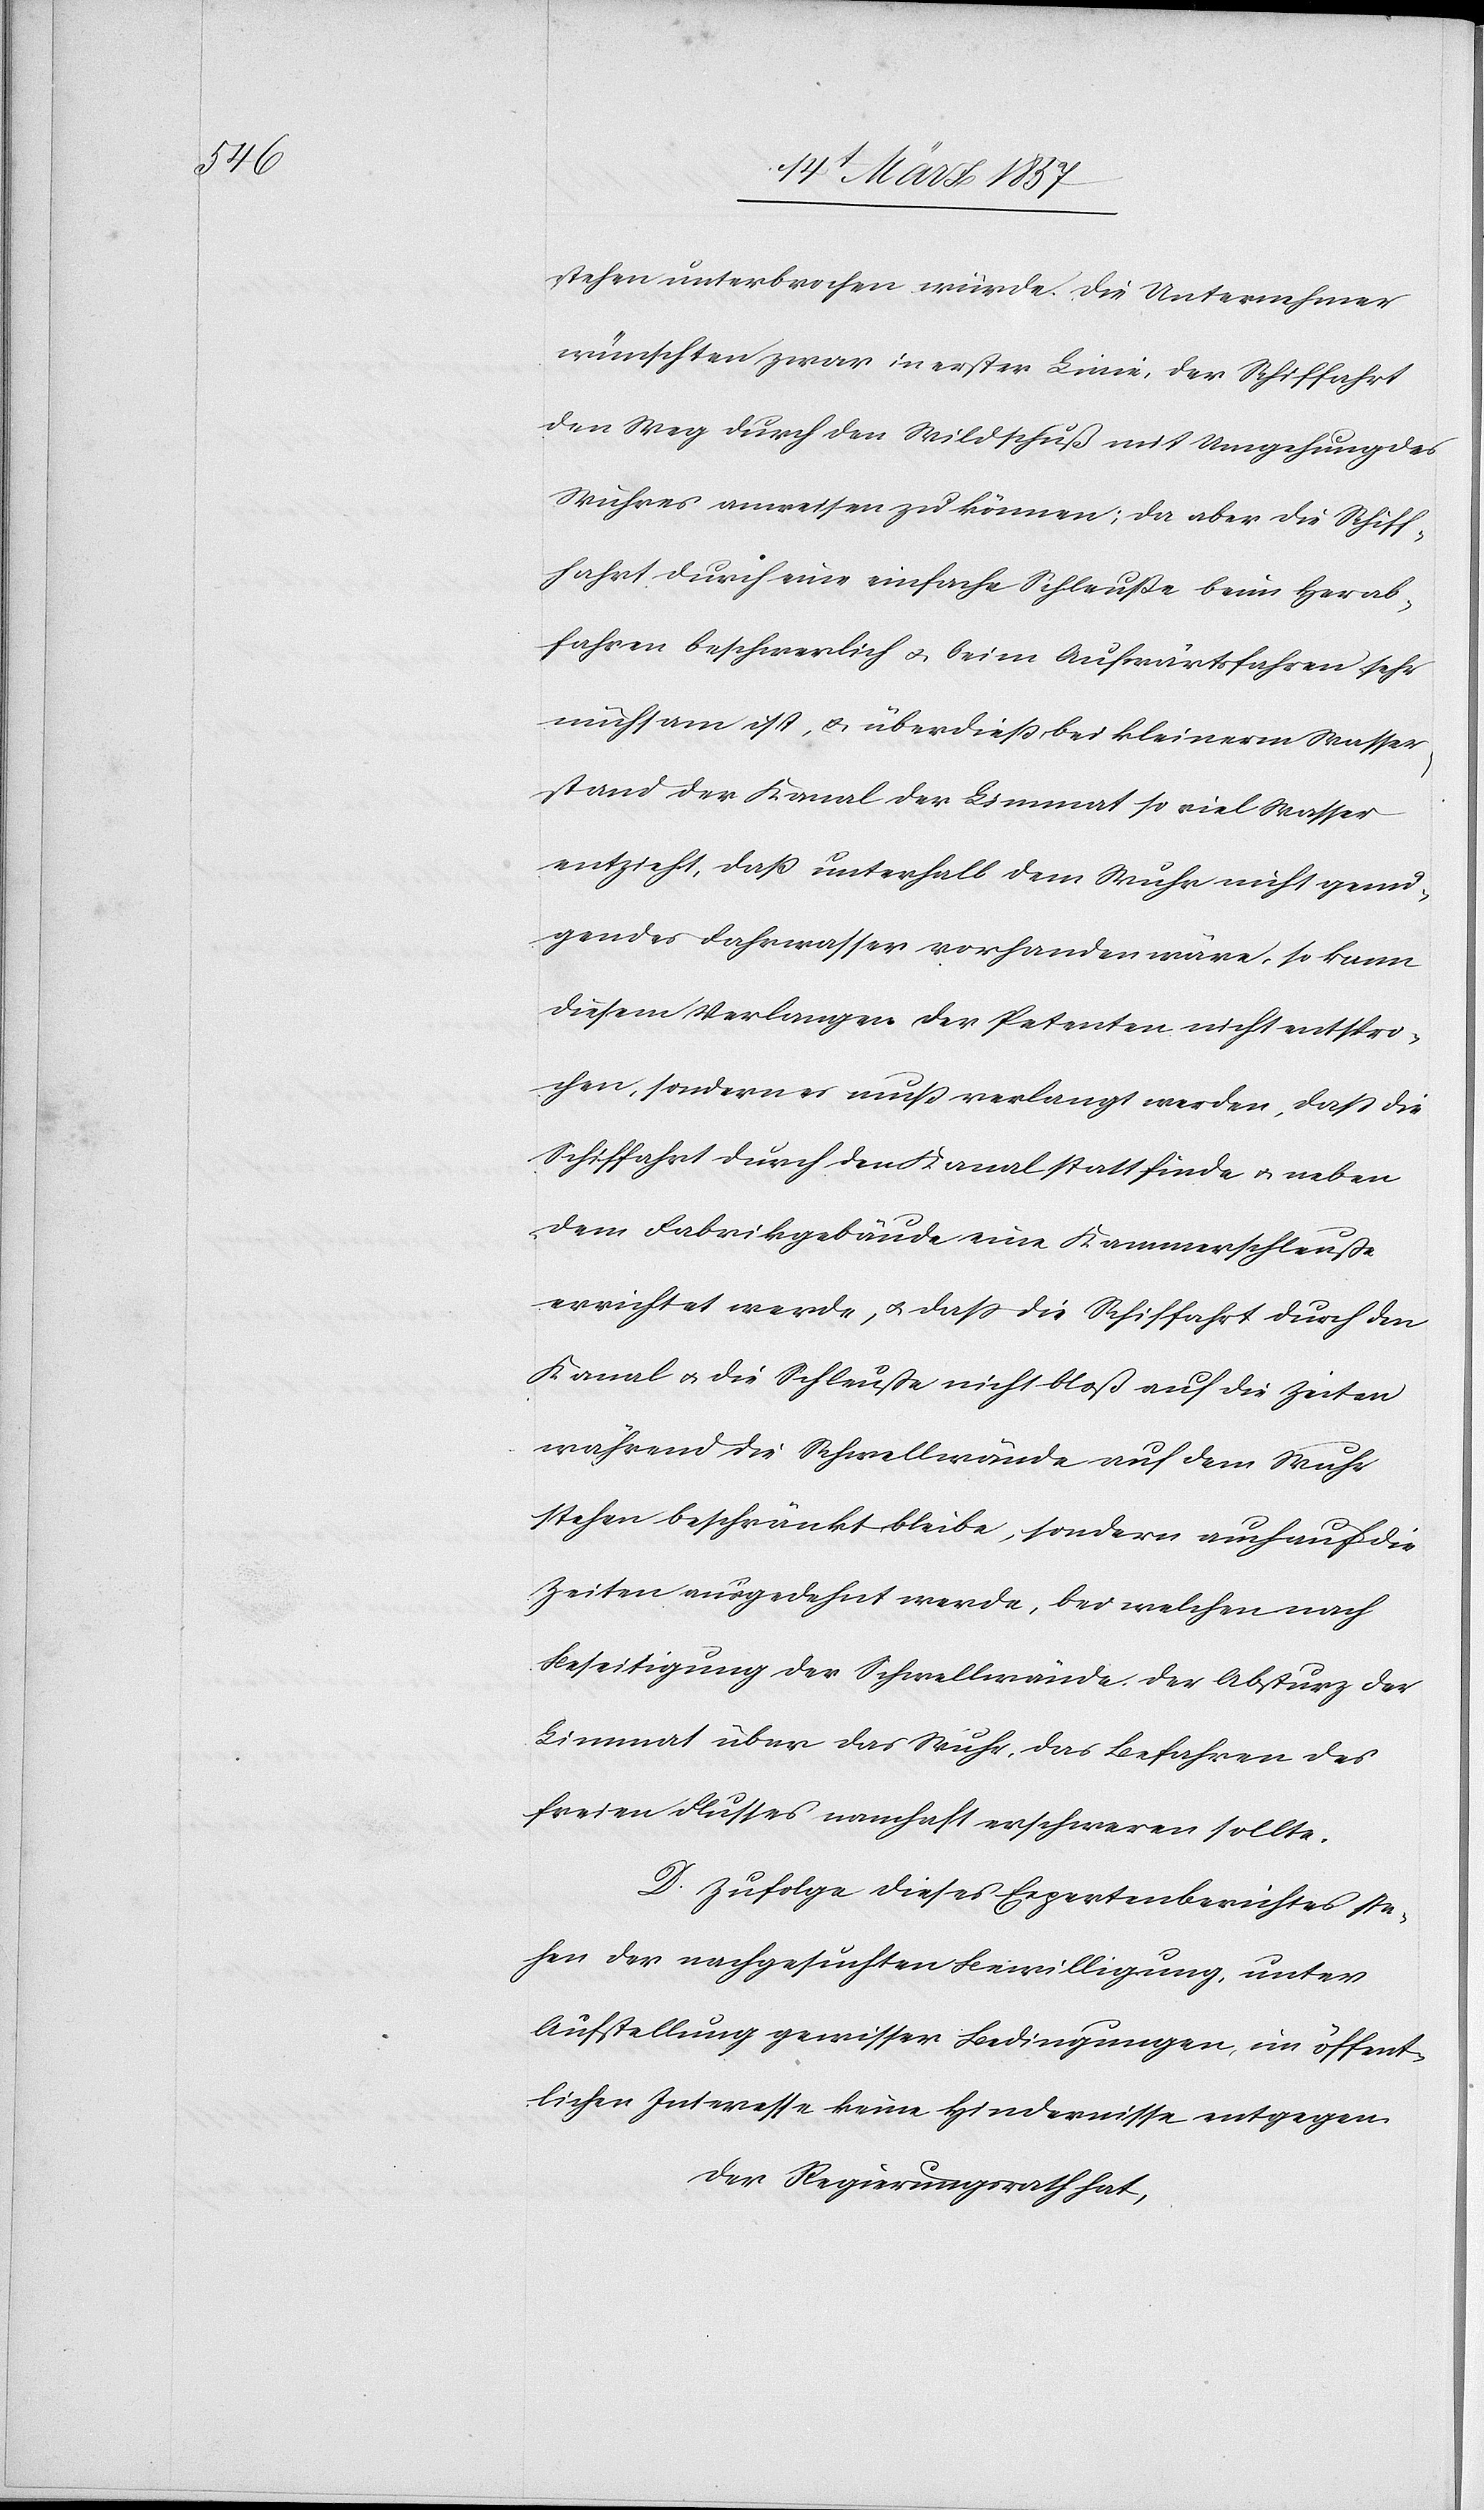
stehen unterbrochen würde. Die Unternehmer
wünschten zwar in erster Linie, der Schiffahrt
den Weg durch den Wildschuß mit Umgehung des
Wuhres anweisen zu können; da aber die Schiff¬
fahrt durch eine einfache Schleuße bei Herab¬
fahren beschwerlich u. beim Aufwärtsfahren sehr
mühsam ist, u. überdieß bei kleinerm Wasser¬
stand der Kanal der Limmat so viel Wasser
entzieht, daß unterhalb dem Wuhr nicht genü¬
gendes Fahrwasser vorhanden wäre, so kann
diesem Verlangen der Petenten nicht entspro¬
chen, sondern es muß verlangt werden, daß die
Schiffahrt durch den Kanal statt finde u. neben
dem Fabrikgebäude eine Kammerschleuße
errichtet werde, u. daß die Schiffahrt durch den
Kanal u. die Schleuße nicht bloß auf die Zeiten
während die Schwellwände auf dem Wuhr
stehen beschränkt bleibe, sondern auch auf die
Zeiten ausgedehnt werde, bei welchen nach
Beseitigung der Schwellwände der Absturz der
Limmat über das Wuhr, das Befahren des
freien Flusses namhaft erschweren sollte.
D. Zufolge dieses Expertenberichtes ste¬
hen der nachgesuchten Bewilligung, unter
Aufstellung gewisser Bedingungen, im öffent¬
lichen Interesse keine Hindernisse entgegen.
Der Regierungsrath,